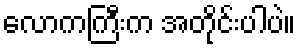
လောကကြီးက အတိုင်းပါပဲ။